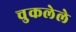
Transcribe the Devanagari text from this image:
चुकलेले